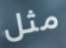
مثل